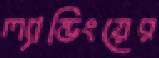
ল্যান্ডিংয়ের